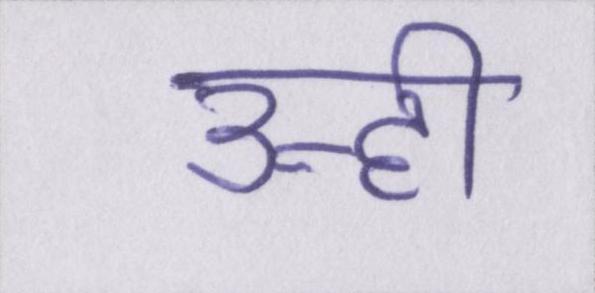
उन्ही